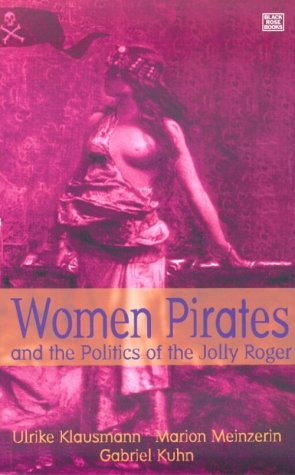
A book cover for Women Pirates and the Politics of the Jolly Roger; Ulrike Klausman; Politics & Social Sciences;